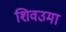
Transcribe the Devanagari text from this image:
शिवउमा